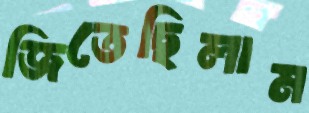
জিতেছিলাম